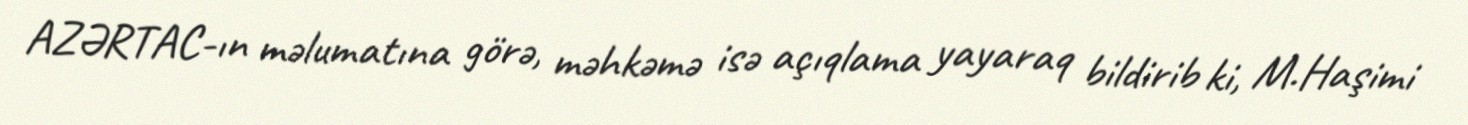
AZƏRTAC-ın məlumatına görə, məhkəmə isə açıqlama yayaraq bildirib ki, M.Haşimi